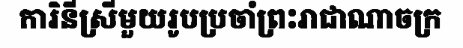
ការិនីស្រីមួយរូបប្រចាំព្រះរាជាណាចក្រ